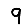
Digit: 9